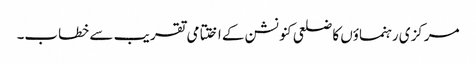
مرکزی رہنماؤں کا ضلعی کنونشن کے اختتامی تقر یب سے خطاب۔